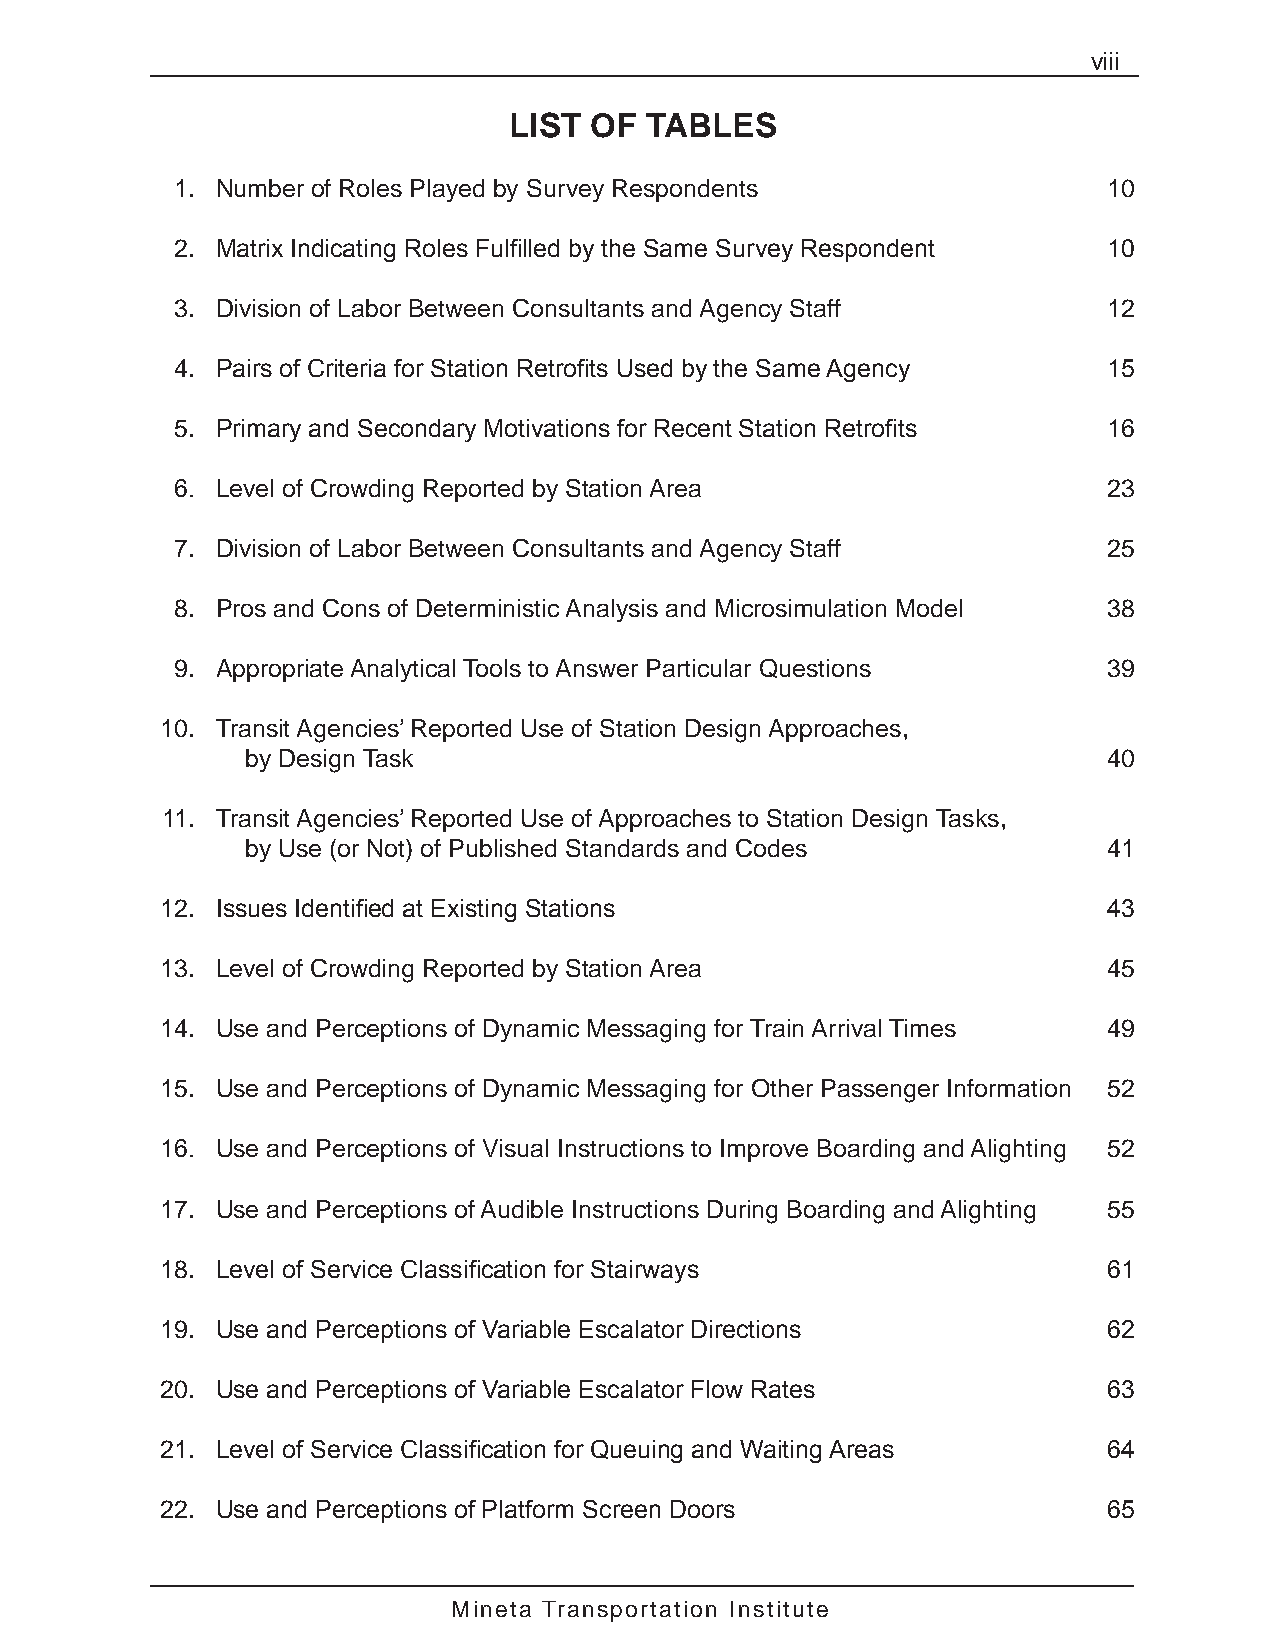
viii
 LIST OF  TABLES
 1. Number of Roles Played by Survey Respondents              10
 2. Matrix Indicating Roles Fulfilled by the Same Survey Respondent 10
 3. Division of Labor Between Consultants and Agency Staff    12
 4. Pairs of Criteria for Station Retrofits Used by the Same Agency 15
 5. Primary and Secondary Motivations for Recent Station Retrofits 16
 6. Level of Crowding Reported by Station Area                23
 7. Division of Labor Between Consultants and Agency Staff    25
 8. Pros and Cons of Deterministic Analysis and Microsimulation Model 38
 9. Appropriate Analytical Tools to Answer Particular Questions 39
 10. Transit Agencies’ Reported Use of Station Design Approaches,
 by Design Task                                           40
 11. Transit Agencies’ Reported Use of Approaches to Station Design Tasks,
 by Use (or Not) of Published Standards and Codes         41
 12. Issues Identified at Existing Stations                    43
 13. Level of Crowding Reported by Station Area                45
 14. Use and Perceptions of Dynamic Messaging for Train Arrival Times 49
 15. Use and Perceptions of Dynamic Messaging for Other Passenger Information 52
 16. Use and Perceptions of Visual Instructions to Improve Boarding and Alighting 52
 17. Use and Perceptions of Audible Instructions During Boarding and Alighting 55
 18. Level of Service Classification for Stairways             61
 19. Use and Perceptions of Variable Escalator Directions      62
 20. Use and Perceptions of Variable Escalator Flow Rates      63
 21. Level of Service Classification for Queuing and Waiting Areas 64
 22. Use and Perceptions of Platform Screen Doors              65
 Mineta Transportation Institute